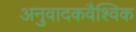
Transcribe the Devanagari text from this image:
अनुवादकवैश्विक